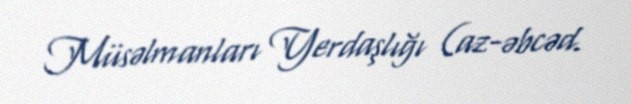
Müsəlmanları Yerdaşlığı (az-əbcəd.